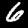
Digit: 6